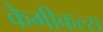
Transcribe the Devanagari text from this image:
केमीकल्स